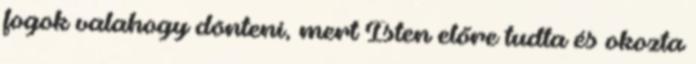
fogok valahogy dönteni, mert Isten előre tudta és okozta